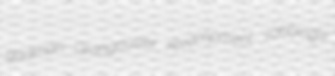
gadman Grangousier revampment sobbingly